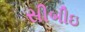
સીબીઇ